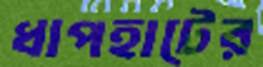
ধাপহাটের